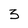
Character: 3